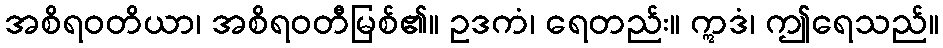
အစိရဝတိယာ၊ အစိရဝတီမြစ်၏။ ဥဒကံ၊ ရေတည်း။ ဣဒံ၊ ဤရေသည်။